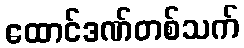
ထောင်ဒဏ်တစ်သက်